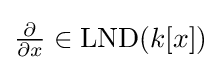
{\tfrac {\partial }{\partial x}}\in \operatorname {LND} (k[x])